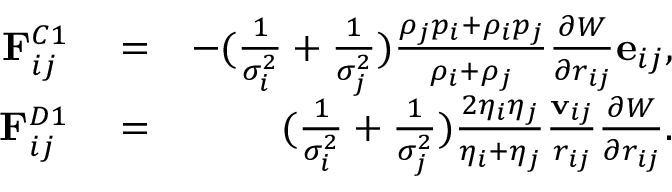
\begin{array} { r l r } { \mathbf { F } _ { i j } ^ { C 1 } } & { { } = } & { - ( \frac { 1 } { \sigma _ { i } ^ { 2 } } + \frac { 1 } { \sigma _ { j } ^ { 2 } } ) \frac { \rho _ { j } p _ { i } + \rho _ { i } p _ { j } } { \rho _ { i } + \rho _ { j } } \frac { \partial { W } } { \partial { r _ { i j } } } \mathbf { e } _ { i j } , } \\ { \mathbf { F } _ { i j } ^ { D 1 } } & { { } = } & { ( \frac { 1 } { \sigma _ { i } ^ { 2 } } + \frac { 1 } { \sigma _ { j } ^ { 2 } } ) \frac { 2 \eta _ { i } \eta _ { j } } { \eta _ { i } + \eta _ { j } } \frac { \mathbf { v } _ { i j } } { r _ { i j } } \frac { \partial { W } } { \partial { r _ { i j } } } . } \end{array}